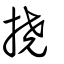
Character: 撓